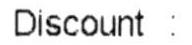
DISCOUNT :